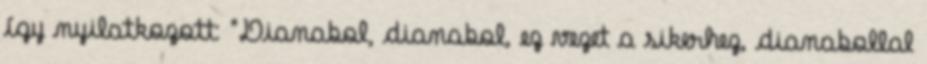
így nyilatkozott: "Dianabol, dianabol, ez vezet a sikerhez, dianabollal